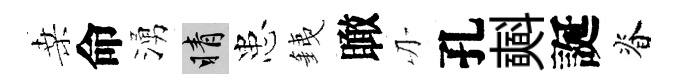
桑命湧睛患銕瞰刃孔𣂏誕脊